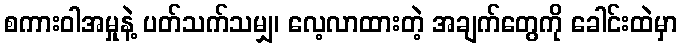
စကားဝါအမှုနဲ့ ပတ်သက်သမျှ၊ လေ့လာထားတဲ့ အချက်တွေကို ခေါင်းထဲမှာ